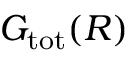
G _ { \mathrm { t o t } } ( R )